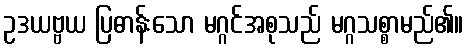
ဥဒယဗ္ဗယ ပြဓာန်းသော မဂ္ဂင်အစုသည် မဂ္ဂသစ္စာမည်၏။